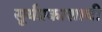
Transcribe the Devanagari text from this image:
सूर्यप्रकाशाची